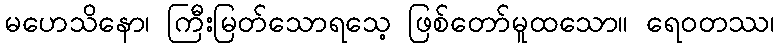
မဟေသိနော၊ ကြီးမြတ်သောရသေ့ ဖြစ်တော်မူထသော။ ရေဝတဿ၊